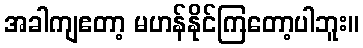
အခါကျဧတာ့ မဟန်နိုင်ကြတော့ပါဘူး။